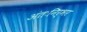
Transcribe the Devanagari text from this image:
अंतःनिर्भर